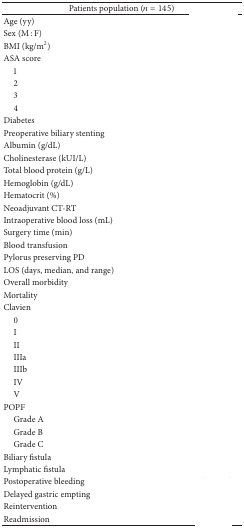
<table><thead><tr><td colspan="2"><b>Patients population (<i>n</i> = 145)</b></td></tr></thead><tbody><tr><td>Age (yy)</td><td>[EMPTY_CELL]</td></tr><tr><td>Sex (M : F)</td><td>[EMPTY_CELL]</td></tr><tr><td>BMI (kg/m<sup>2</sup>)</td><td>[EMPTY_CELL]</td></tr><tr><td>ASA score</td><td>[EMPTY_CELL]</td></tr><tr><td> 1</td><td>[EMPTY_CELL]</td></tr><tr><td> 2</td><td>[EMPTY_CELL]</td></tr><tr><td> 3</td><td>[EMPTY_CELL]</td></tr><tr><td> 4</td><td>[EMPTY_CELL]</td></tr><tr><td>Diabetes</td><td>[EMPTY_CELL]</td></tr><tr><td>Preoperative biliary stenting</td><td>[EMPTY_CELL]</td></tr><tr><td>Albumin (g/dL)</td><td>[EMPTY_CELL]</td></tr><tr><td>Cholinesterase (kUI/L)</td><td>[EMPTY_CELL]</td></tr><tr><td>Total blood protein (g/L)</td><td>[EMPTY_CELL]</td></tr><tr><td>Hemoglobin (g/dL)</td><td>[EMPTY_CELL]</td></tr><tr><td>Hematocrit (%)</td><td>[EMPTY_CELL]</td></tr><tr><td>Neoadjuvant CT-RT</td><td>[EMPTY_CELL]</td></tr><tr><td>Intraoperative blood loss (mL)</td><td>[EMPTY_CELL]</td></tr><tr><td>Surgery time (min)</td><td>[EMPTY_CELL]</td></tr><tr><td>Blood transfusion</td><td>[EMPTY_CELL]</td></tr><tr><td>Pylorus preserving PD</td><td>[EMPTY_CELL]</td></tr><tr><td>LOS (days, median, and range)</td><td>[EMPTY_CELL]</td></tr><tr><td>Overall morbidity</td><td>[EMPTY_CELL]</td></tr><tr><td>Mortality</td><td>[EMPTY_CELL]</td></tr><tr><td>Clavien</td><td>[EMPTY_CELL]</td></tr><tr><td> 0</td><td>[EMPTY_CELL]</td></tr><tr><td> I</td><td>[EMPTY_CELL]</td></tr><tr><td> II</td><td>[EMPTY_CELL]</td></tr><tr><td> IIIa</td><td>[EMPTY_CELL]</td></tr><tr><td> IIIb</td><td>[EMPTY_CELL]</td></tr><tr><td> IV</td><td>[EMPTY_CELL]</td></tr><tr><td> V</td><td>[EMPTY_CELL]</td></tr><tr><td>POPF</td><td>[EMPTY_CELL]</td></tr><tr><td> Grade A</td><td>[EMPTY_CELL]</td></tr><tr><td> Grade B</td><td>[EMPTY_CELL]</td></tr><tr><td> Grade C</td><td>[EMPTY_CELL]</td></tr><tr><td>Biliary fistula</td><td>[EMPTY_CELL]</td></tr><tr><td>Lymphatic fistula</td><td>[EMPTY_CELL]</td></tr><tr><td>Postoperative bleeding</td><td>[EMPTY_CELL]</td></tr><tr><td>Delayed gastric empting</td><td>[EMPTY_CELL]</td></tr><tr><td>Reintervention</td><td>[EMPTY_CELL]</td></tr><tr><td>Readmission</td><td>[EMPTY_CELL]</td></tr></tbody></table>